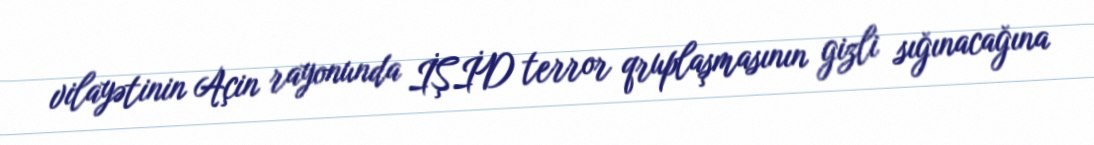
vilayətinin Açin rayonunda İŞİD terror qruplaşmasının gizli sığınacağına